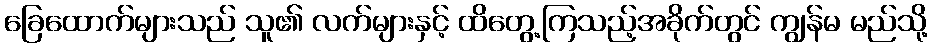
ခြေထောက်များသည် သူ၏ လက်များနှင့် ထိတွေ့ကြသည့်အခိုက်တွင် ကျွန်မ မည်သို့